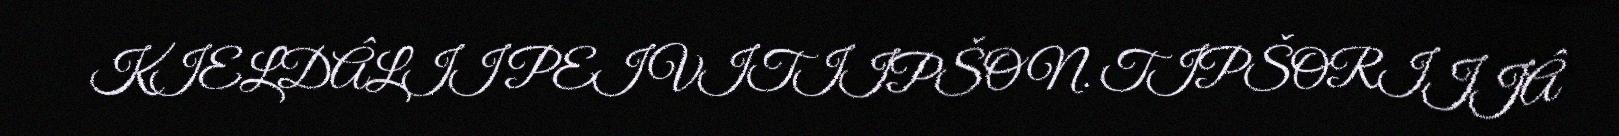
KIELDÂLII PEIVITIIPŠON. TIPŠORIJJÂ